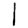
Digit: 1